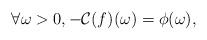
LaTeX: \begin{align*} \forall \omega>0, - \mathcal{C}(f)(\omega) = \phi(\omega),\end{align*}